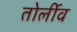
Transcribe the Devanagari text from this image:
तोर्लीव